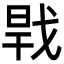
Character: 𢧀